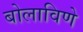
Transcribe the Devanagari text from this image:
बोलाविणे